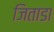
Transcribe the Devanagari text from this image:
जिताडा